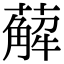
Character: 薢